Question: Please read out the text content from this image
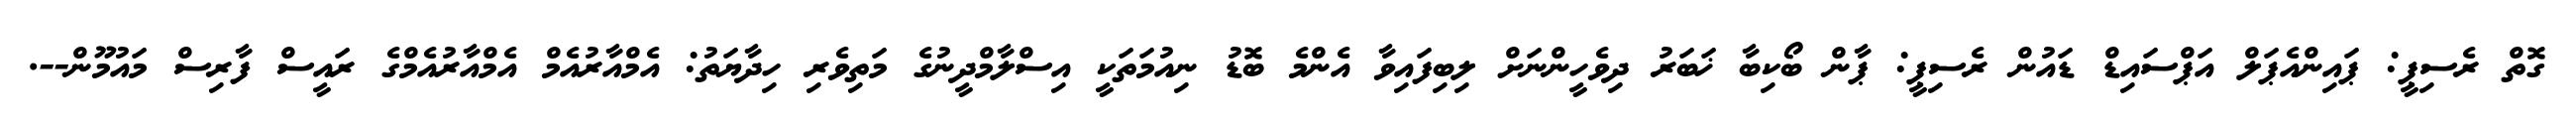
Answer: ގޮތް ރެސިޕީ: ޕައިންއެޕަލް އަޕްސައިޑް ޑައުން ރެސިޕީ: ޕާން ބޯކިބާ ޚަބަރު ދިވެހީންނަށް ލިބިފައިވާ އެންމެ ބޮޑު ނިއުމަތަކީ އިސްލާމްދީނުގެ މަތިވެރި ހިދާޔަތު: އެމްއާރުއެމް އެމްއާރުއެމްގެ ރައީސް ފާރިސް މައުމޫން--.